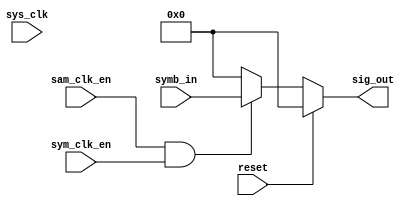
module upsampler(
    input sys_clk, sym_clk_en, sam_clk_en, reset,
    input wire signed [17:0] symb_in,
    // input [1:0] counter,
    output reg signed [17:0] sig_out
);

always @ *//@ (posedge sys_clk or posedge reset)
    if(reset)
        sig_out <= 18'sd0;
    else if (sam_clk_en && sym_clk_en)
        sig_out <= symb_in;
    else
        sig_out <= 18'sd0;


endmodule